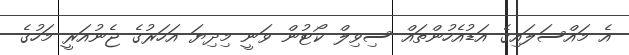
އެ މައްސަލައިގެ އަޑުއެހުންތައް ސިވިލް ކޯޓުން ވަނީ މިދިޔަ އަހަރުގެ ޖެނުއަރީ މަހުގެ